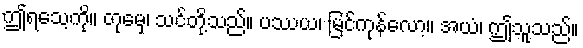
ဤရသေ့ကို။ တုမှေ၊ သင်တို့သည်။ ပဿယ၊ မြင်ကုန်လော့။ အယံ၊ ဤသူသည်။